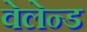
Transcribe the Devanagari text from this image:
वेलेन्ड